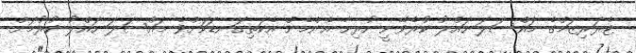
ޓެރަރިޒަމްގެ މައްސަލަ ހައްލު ކުރެވޭނީ ހުރިހާ އެންމެން އެކަތިގަނޑަކަށްވެ މައްސަލަ ހައްލު ކުރުމަށް